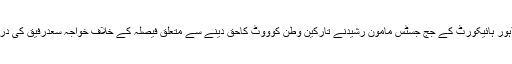
تفصیلات کے مطابق لاہور ہائیکورٹ کے جج جسٹس مامون رشیدنے تارکین وطن کوووٹ کاحق دینے سے متعلق فیصلہ کے خلاف خواجہ سعدرفیق کی درخواست پرسماعت کی ۔